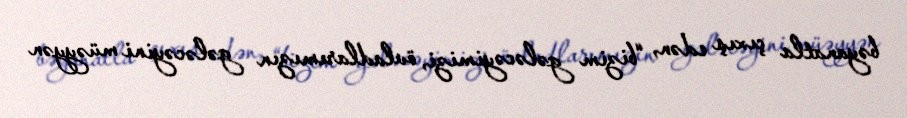
bəyanatla çıxış edən, “bizim gələcəyimizi, övladlarımızın gələcəyini müəyyən